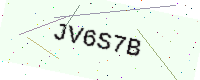
Text: JV6S7B